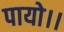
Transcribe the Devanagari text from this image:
पायो।।